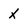
Character: X